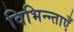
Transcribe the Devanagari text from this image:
विभिन्न्ताएँ